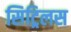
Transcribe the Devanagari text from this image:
सिट्रिलस